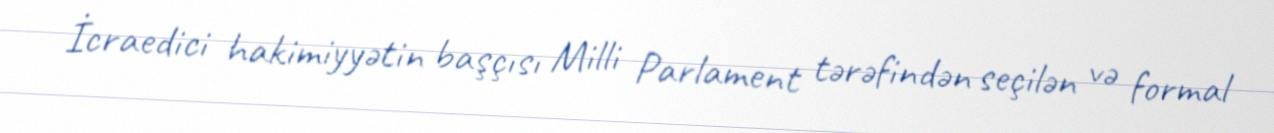
İcraedici hakimiyyətin başçısı Milli Parlament tərəfindən seçilən və formal